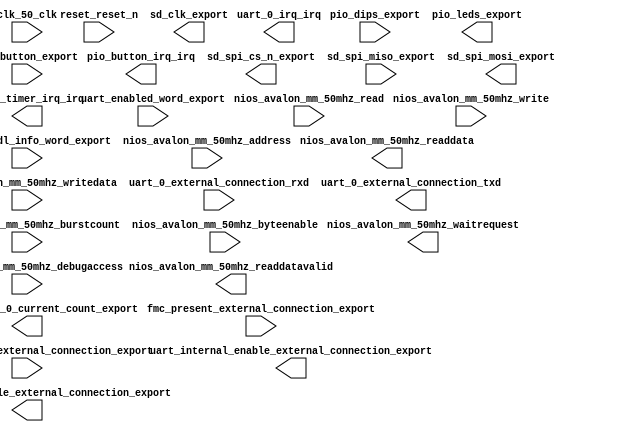

module linnux_support_1_uart_1_ic (
	clk_50_clk,
	counter_64_bit_0_current_count_export,
	fmc_present_external_connection_export,
	generic_hdl_info_word_export,
	hires_timer_irq_irq,
	nios_avalon_mm_50mhz_waitrequest,
	nios_avalon_mm_50mhz_readdata,
	nios_avalon_mm_50mhz_readdatavalid,
	nios_avalon_mm_50mhz_burstcount,
	nios_avalon_mm_50mhz_writedata,
	nios_avalon_mm_50mhz_address,
	nios_avalon_mm_50mhz_write,
	nios_avalon_mm_50mhz_read,
	nios_avalon_mm_50mhz_byteenable,
	nios_avalon_mm_50mhz_debugaccess,
	pio_button_export,
	pio_button_irq_irq,
	pio_dips_export,
	pio_leds_export,
	reset_reset_n,
	sd_clk_export,
	sd_spi_cs_n_export,
	sd_spi_miso_export,
	sd_spi_mosi_export,
	uart_0_external_connection_rxd,
	uart_0_external_connection_txd,
	uart_0_irq_irq,
	uart_enabled_word_export,
	uart_internal_disable_external_connection_export,
	uart_internal_enable_external_connection_export,
	uart_is_regfile_external_connection_export);	

	input		clk_50_clk;
	output	[63:0]	counter_64_bit_0_current_count_export;
	input	[15:0]	fmc_present_external_connection_export;
	input	[31:0]	generic_hdl_info_word_export;
	output		hires_timer_irq_irq;
	output		nios_avalon_mm_50mhz_waitrequest;
	output	[31:0]	nios_avalon_mm_50mhz_readdata;
	output		nios_avalon_mm_50mhz_readdatavalid;
	input	[0:0]	nios_avalon_mm_50mhz_burstcount;
	input	[31:0]	nios_avalon_mm_50mhz_writedata;
	input	[10:0]	nios_avalon_mm_50mhz_address;
	input		nios_avalon_mm_50mhz_write;
	input		nios_avalon_mm_50mhz_read;
	input	[3:0]	nios_avalon_mm_50mhz_byteenable;
	input		nios_avalon_mm_50mhz_debugaccess;
	input	[7:0]	pio_button_export;
	output		pio_button_irq_irq;
	input	[7:0]	pio_dips_export;
	output	[8:0]	pio_leds_export;
	input		reset_reset_n;
	output		sd_clk_export;
	output		sd_spi_cs_n_export;
	input		sd_spi_miso_export;
	output		sd_spi_mosi_export;
	input		uart_0_external_connection_rxd;
	output		uart_0_external_connection_txd;
	output		uart_0_irq_irq;
	input	[31:0]	uart_enabled_word_export;
	output	[31:0]	uart_internal_disable_external_connection_export;
	output	[31:0]	uart_internal_enable_external_connection_export;
	input	[31:0]	uart_is_regfile_external_connection_export;
endmodule